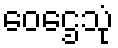
ဝေဌေသုံ